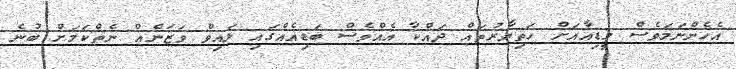
އެހެންނަމަވެސް މީޑިއާއަށް ހަތިޔާރުތައް ދައްކާ އެއްވެސް ބަޑިއެއްގައި ލައިވް ވަޒަނެއް ނެތްކަމަށް ބުނެ